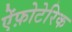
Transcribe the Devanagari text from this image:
ऐंफ़ोटेरिक